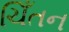
ચિઁતન